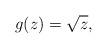
LaTeX: \begin{align*}g(z)=\sqrt{z},\end{align*}